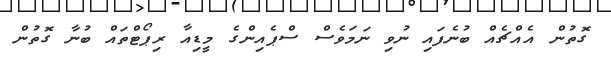
ގޮތުން އެއްޗެއް ބުނެފައި ނުވި ނަމަވެސް ސްޕެއިންގެ މީޑިއާ ރިޕޯޓްތައް ބުނާ ގޮތުން